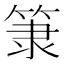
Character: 𥮤